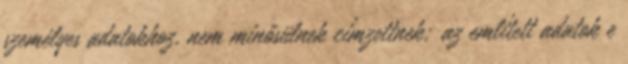
személyes adatokhoz, nem minősülnek címzettnek; az említett adatok e